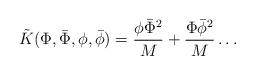
LaTeX: \begin{align*}\tilde{K}(\Phi,\bar{\Phi},\phi,\bar{\phi})=\frac{\phi\bar{\Phi}^2}{M}+\frac{\Phi\bar{\phi}^2}{M}\ldots\end{align*}